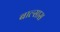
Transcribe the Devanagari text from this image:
बाल्सास